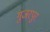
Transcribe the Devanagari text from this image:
गुजरपुर